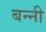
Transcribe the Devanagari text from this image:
बन्‍नी